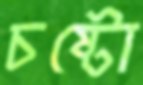
চষ্টো